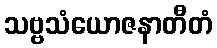
သဗ္ဗသံယောဇနာတီတံ